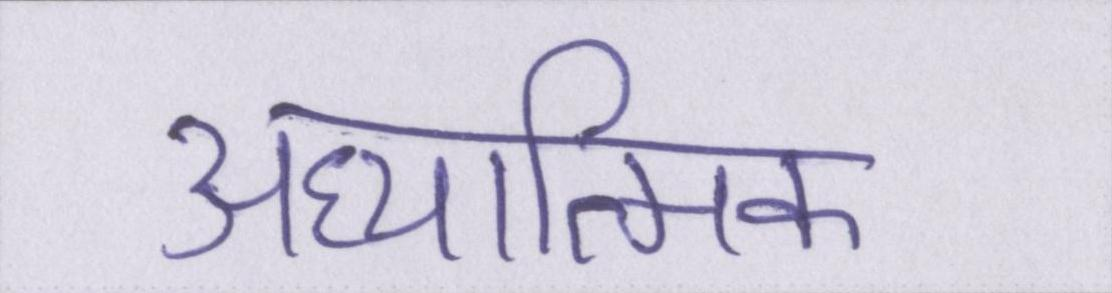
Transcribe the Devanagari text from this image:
अध्यात्मिक